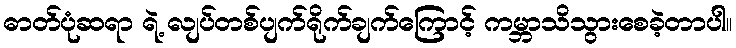
ဓာတ်ပုံဆရာ ရဲ့ လျပ်တစ်ပျက်ရိုက်ချက်ကြောင့် ကမ္ဘာသိသွားစေခဲ့တာပါ။